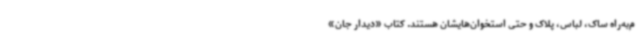
م‌به‌راه ساک، لباس، پلاک و حتی استخوان‌هایشان هستند. کتاب «دیدار جان»